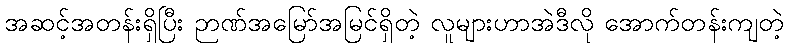
အဆင့်အတန်းရှိပြီး ဉာဏ်အမြော်အမြင်ရှိတဲ့ လူများဟာအဲဒီလို အောက်တန်းကျတဲ့